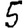
Digit: 5